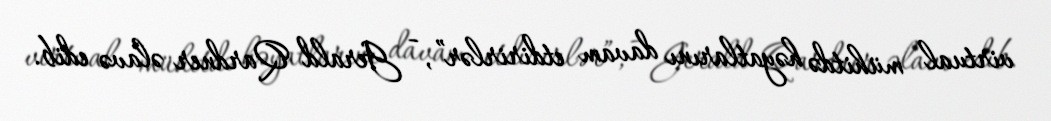
virtual mühitdə həyatlarını davam etdirirlər”, - Gerald Qardner əlavə edib.